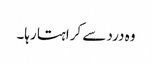
وہ درد سے کراہتا رہا۔